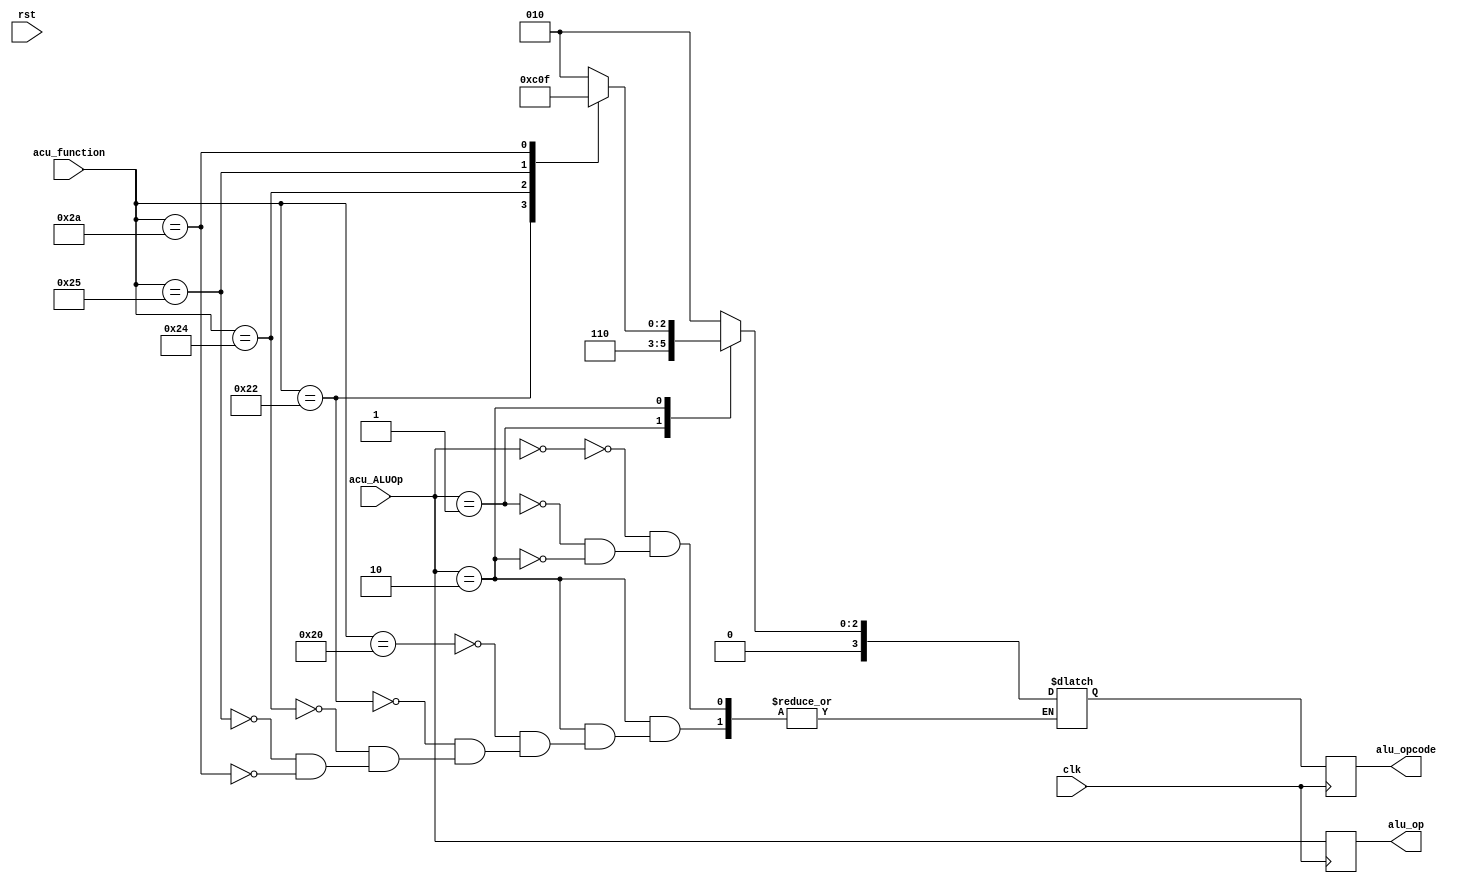
//ALU CONTROL UNIT//

module ALUControlUnit#(parameter ad_size=32,d_size=32)(
  input clk,rst,
  input [1:0] acu_ALUOp,
  input [5:0] acu_function,
  
  //actual output
  output reg [1:0] alu_op,
  output reg [3:0] alu_opcode
);
  reg [3:0] alu_opcode1;
  always@*
    begin
      case(acu_ALUOp)
        2'b00: alu_opcode1=4'b0010;         //lw and store word
        2'b01: alu_opcode1=4'b0110;         //beq
        2'b10:                             //rtype
        begin
          case(acu_function)
            6'b100000: alu_opcode1=4'b0010;
            6'b100010: alu_opcode1=4'b0110;
            6'b100100: alu_opcode1=4'b0000;
            6'b100101: alu_opcode1=4'b0001;
            6'b101010: alu_opcode1=4'b0111;
          endcase
        end     
      endcase
    end

  always@(posedge clk)
    begin
        alu_op=acu_ALUOp;
        alu_opcode=alu_opcode1;
    end
 
endmodule